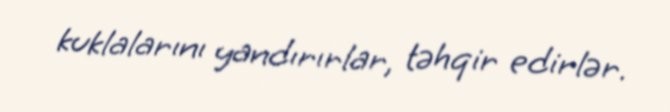
kuklalarını yandırırlar, təhqir edirlər.